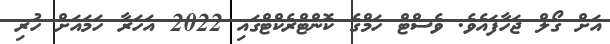
އަށް ގޯލް ޖަހާފައެވެ. ވެސްޓް ހަމްގެ ކޮންޓްރެކްޓްގައި 2022 އަހަރާ ހަމައަށް ހުރި